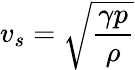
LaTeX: v_{s}={\sqrt{\frac{\gamma p}{\rho}}}